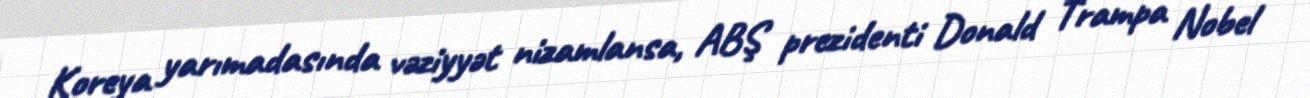
Koreya yarımadasında vəziyyət nizamlansa, ABŞ prezidenti Donald Trampa Nobel